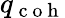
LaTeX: q_{\mathrm{~c~o~h~}}